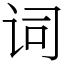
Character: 词